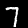
Digit: 7